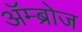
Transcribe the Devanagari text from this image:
अॅम्ब्रोज